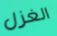
الغزل